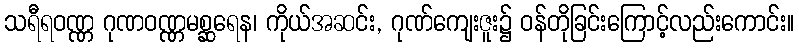
သရီရဝဏ္ဏ ဂုဏဝဏ္ဏမစ္ဆရေန၊ ကိုယ်အဆင်း, ဂုဏ်ကျေးဇူး၌ ဝန်တိုခြင်းကြောင့်လည်းကောင်း။